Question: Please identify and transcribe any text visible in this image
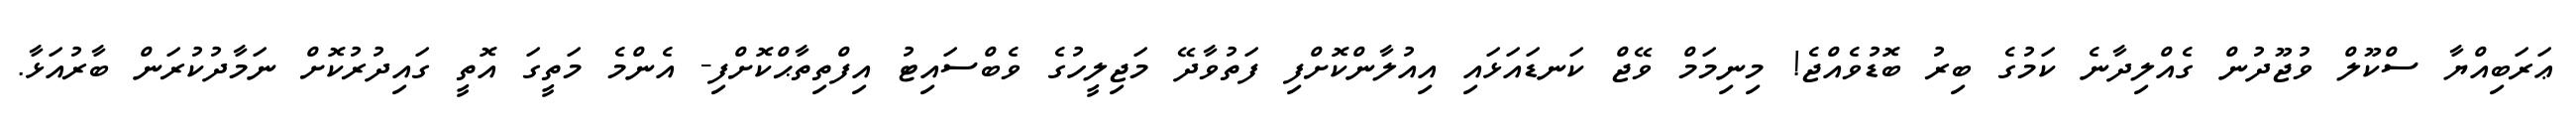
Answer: ޢަރަބިއްޔާ ސްކޫލް ވުޖޫދުން ގެއްލިދާނެ ކަމުގެ ބިރު ބޮޑުވެއްޖެ! މިނިމަމް ވޭޖް ކަނޑައަޅައި އިއުލާންކޮށްފި ފަތުވާދޭ މަޖިލީހުގެ ވެބްސައިޓު އިފްތިތާޙްކޮށްފި- އެންމެ މަތީގަ އޮތީ ގައިދުރުކޮށް ނަމާދުކުރަން ބާރުއަޅާ.